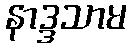
နာဒ္ဒသာမ